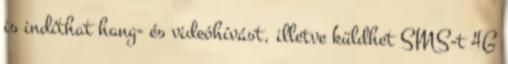
is indíthat hang- és videóhívást, illetve küldhet SMS-t 4G